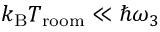
k _ { \mathrm { B } } T _ { \mathrm { r o o m } } \ll \hbar \omega _ { 3 }